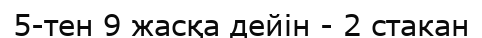
5-тен 9 жасқа дейін - 2 стакан